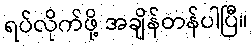
ရပ်လိုက်ဖို့ အချိန်တန်ပါပြီ။